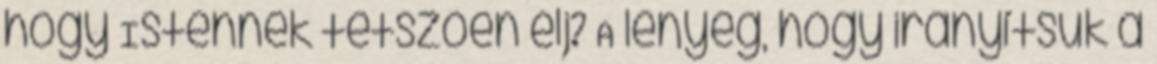
hogy Istennek tetszően élj? A lényeg, hogy irányítsuk a